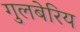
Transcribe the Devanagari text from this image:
गुलबेरिय